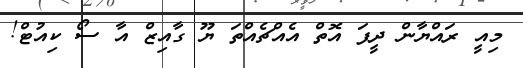
މިއީ ރައްޔާން ދީފަ އޮތް އެއްޗެއްތަ ޔޫ ގާއިޒް އާ ސޯ ކިއުޓް!